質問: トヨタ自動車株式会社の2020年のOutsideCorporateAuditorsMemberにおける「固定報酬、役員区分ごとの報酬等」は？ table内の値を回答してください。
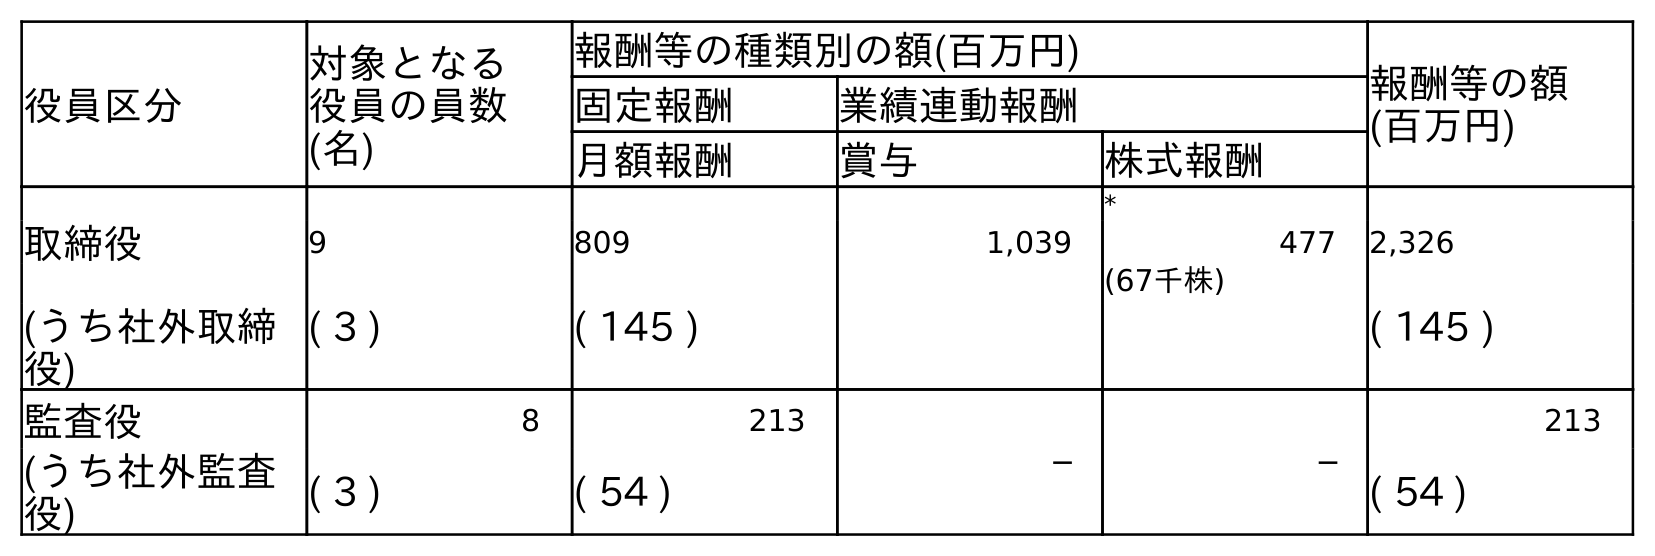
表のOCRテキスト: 役員区分 対象となる 役員の員数 (名) 報酬等の種類別の額(百万円) 報酬等の額 (百万円) 固定報酬 業績連動報酬 月額報酬 賞与 株式報酬 * 取締役 9 809 1,039 477 2,326 (67千株) (うち社外取締 役) ( 3 ) ( 145 ) ( 145 ) 監査役 8 213 ─ ─ 213 (うち社外監査 役) ( 3 ) ( 54 ) ( 54 )
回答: (54)